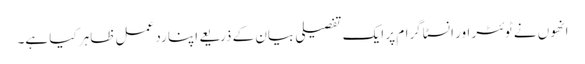
انھوں نے ٹوئٹر اور انسٹاگرام پر ایک تفصیلی بیان کے ذریعے اپنا رد عمل ظاہر کیا ہے۔